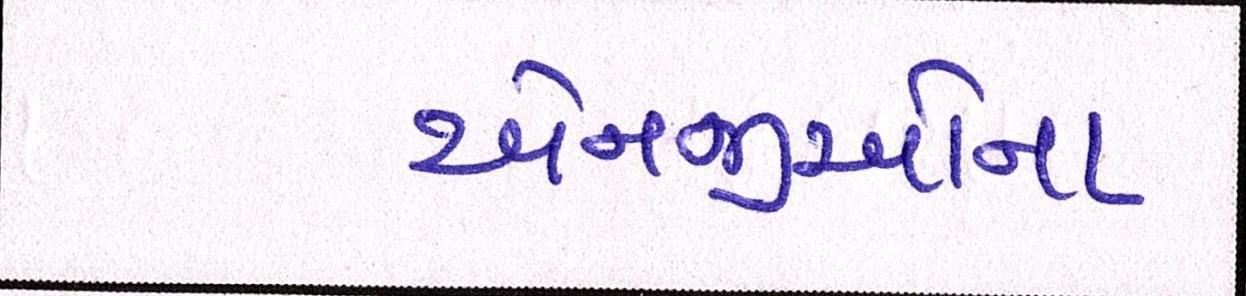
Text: એનજીઓનો